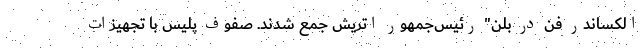
الکساندر فن در بلن" رئیس‌جمهور اتریش جمع شدند. صفوف پلیس با تجهیزات